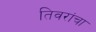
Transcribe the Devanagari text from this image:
तिवरांचा